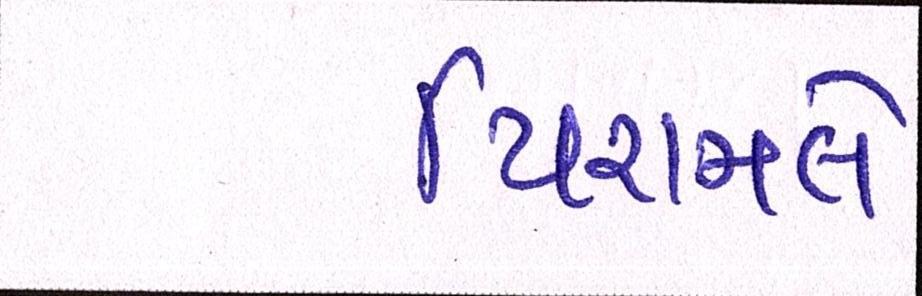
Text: પિરામલે